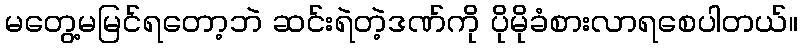
မတွေ့မမြင်ရတော့ဘဲ ဆင်းရဲတဲ့ဒဏ်ကို ပိုမိုခံစားလာရစေပါတယ်။